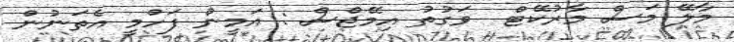
މާލޭ މަސް މާރުކޭޓް  ވަގުތު އިމޭޖްސް : އަމީން ފަހްމީ އެތަނުން